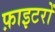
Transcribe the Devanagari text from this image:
फ़ाइटरों